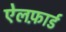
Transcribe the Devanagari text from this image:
ऐलफ़ार्ड